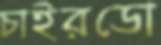
চাইরডো